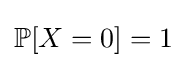
\mathbb {P} [X=0]=1